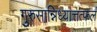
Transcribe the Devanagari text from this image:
गुरुसान्निध्यात्तत्फलं